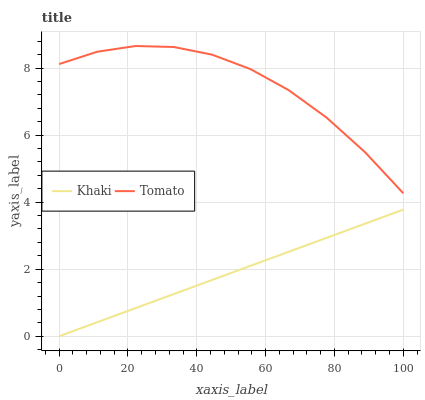
| xaxis_label | Khaki | Tomato |
 | --- | --- | --- |
 | 0 | 0 | 8.12 |
 | 11.1 | 0.42 | 8.49 |
 | 22.2 | 0.839 | 8.66 |
 | 33.3 | 1.26 | 8.63 |
 | 44.4 | 1.68 | 8.4 |
 | 55.6 | 2.1 | 7.97 |
 | 66.7 | 2.52 | 7.34 |
 | 77.8 | 2.94 | 6.52 |
 | 88.9 | 3.36 | 5.49 |
 | 100 | 3.78 | 4.26 |